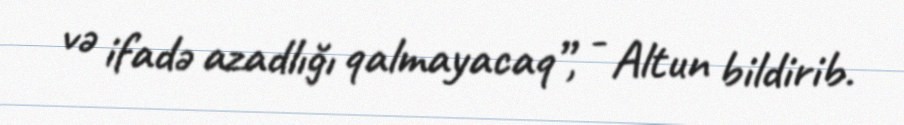
və ifadə azadlığı qalmayacaq”, - Altun bildirib.